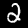
Digit: 2